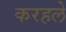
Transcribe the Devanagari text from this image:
करहले